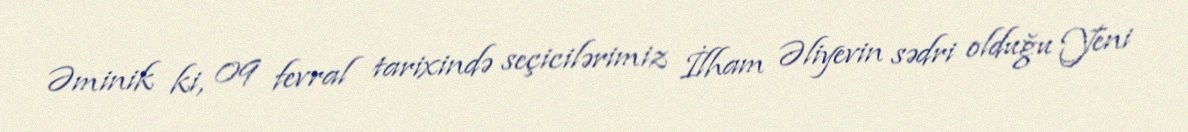
Əminik ki, 09 fevral tarixində seçicilərimiz İlham Əliyevin sədri olduğu Yeni